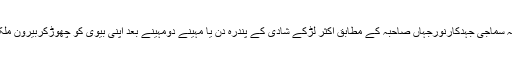
My Choices نامی غیرسرکاری تنظیم سے وابستہ سماجی جہدکارنورجہاں صاحبہ کے مطابق اکثر لڑکے شادی کے پندرہ دن یا مہینے دومہینے بعد اپنی بیوی کو چھوڑکربیرون ملک لوٹ جاتے ہیں۔